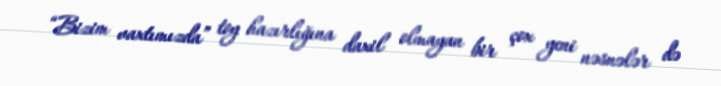
“Bizim vaxtımızda” toy hazırlığına daxil olmayan bir çox yeni nəsnələr də